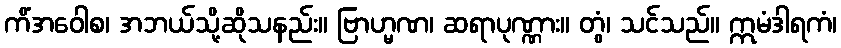
ကိံအဝေါစ၊ အဘယ်သို့ဆိုသနည်း။ ဗြာဟ္မဏ၊ ဆရာပုဏ္ဏား။ တွံ၊ သင်သည်။ ဣမံဒါရကံ၊